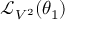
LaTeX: { \mathcal { L } } _ { V ^ { 2 } } ( \theta _ { 1 } )